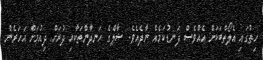
ހިތުގައި އެލޯތްބަކަށް އެއްވެސް ފަނޑުކަމެއް ނާދެއެވެ. ޝާލްގެ ހަނދާންތަކާއި ދުރަށް ދިއުމަށް އަހަރެން